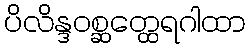
ပိလိန္ဒဝစ္ဆတ္ထေရဂါထာ